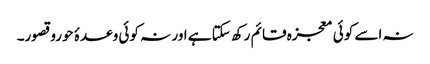
نہ اسے کوئی معجزہ قائم رکھ سکتا ہے اور نہ کوئی وعدۂ حوروقصور۔